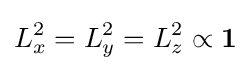
L_{x}^{2}=L_{y}^{2}=L_{z}^{2}\propto \mathbf {1}